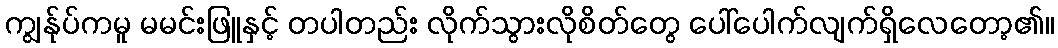
ကျွန်ုပ်ကမူ မမင်းဖြူနှင့် တပါတည်း လိုက်သွားလိုစိတ်တွေ ပေါ်ပေါက်လျက်ရှိလေတော့၏။